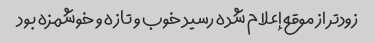
زودتر از موقع إعلام شده رسید خوب و تازه و خوشمزه بود